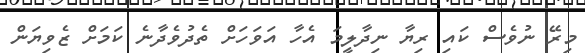
މިރޭ ނުވެސް ކައި ރިޔާ ނިދާލީމަ އެހާ އަވަހަށް ތެދުވެދާނެ ކަމަށް ޒެވިޔަން